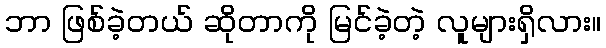
ဘာ ဖြစ်ခဲ့တယ် ဆိုတာကို မြင်ခဲ့တဲ့ လူများရှိလား။